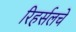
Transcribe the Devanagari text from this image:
रिहर्सलचे